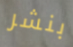
بنشر